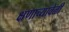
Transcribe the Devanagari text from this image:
क्षणाच्यावेळी